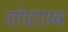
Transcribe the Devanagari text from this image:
गोपराष्ट्र